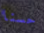
حسنا